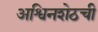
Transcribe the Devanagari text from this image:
अश्विनशेठची